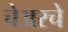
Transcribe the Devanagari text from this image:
चेअरचे